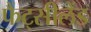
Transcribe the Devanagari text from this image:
फैंट्सीलैंड